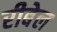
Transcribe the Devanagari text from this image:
रीबेल